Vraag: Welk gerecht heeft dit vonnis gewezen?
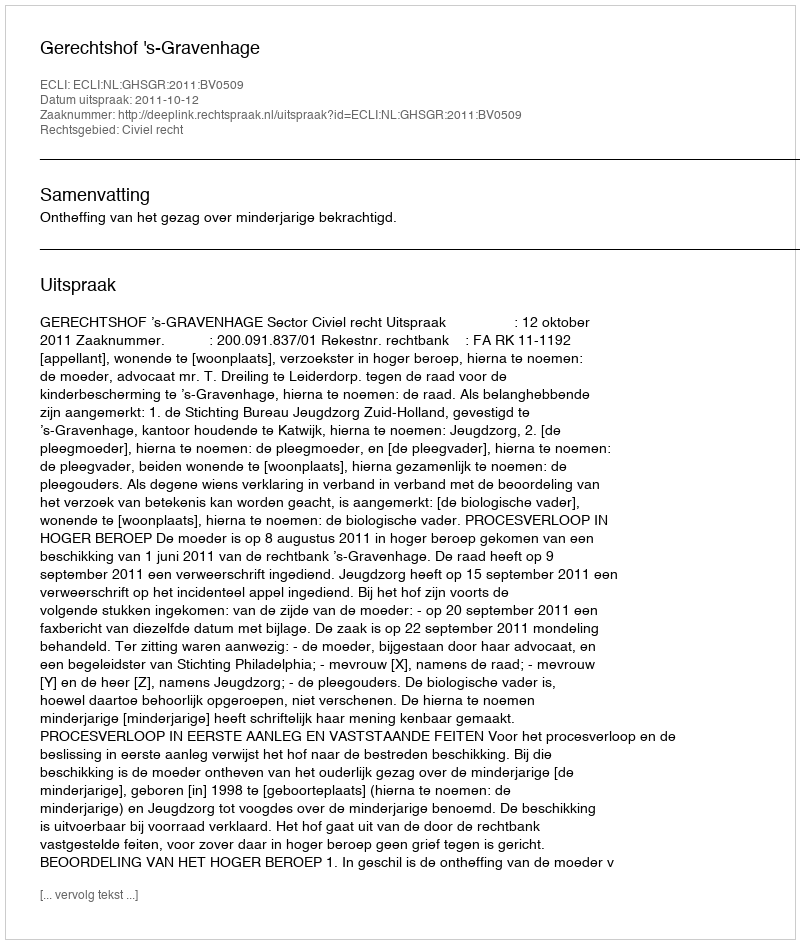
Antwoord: Gerechtshof 's-Gravenhage